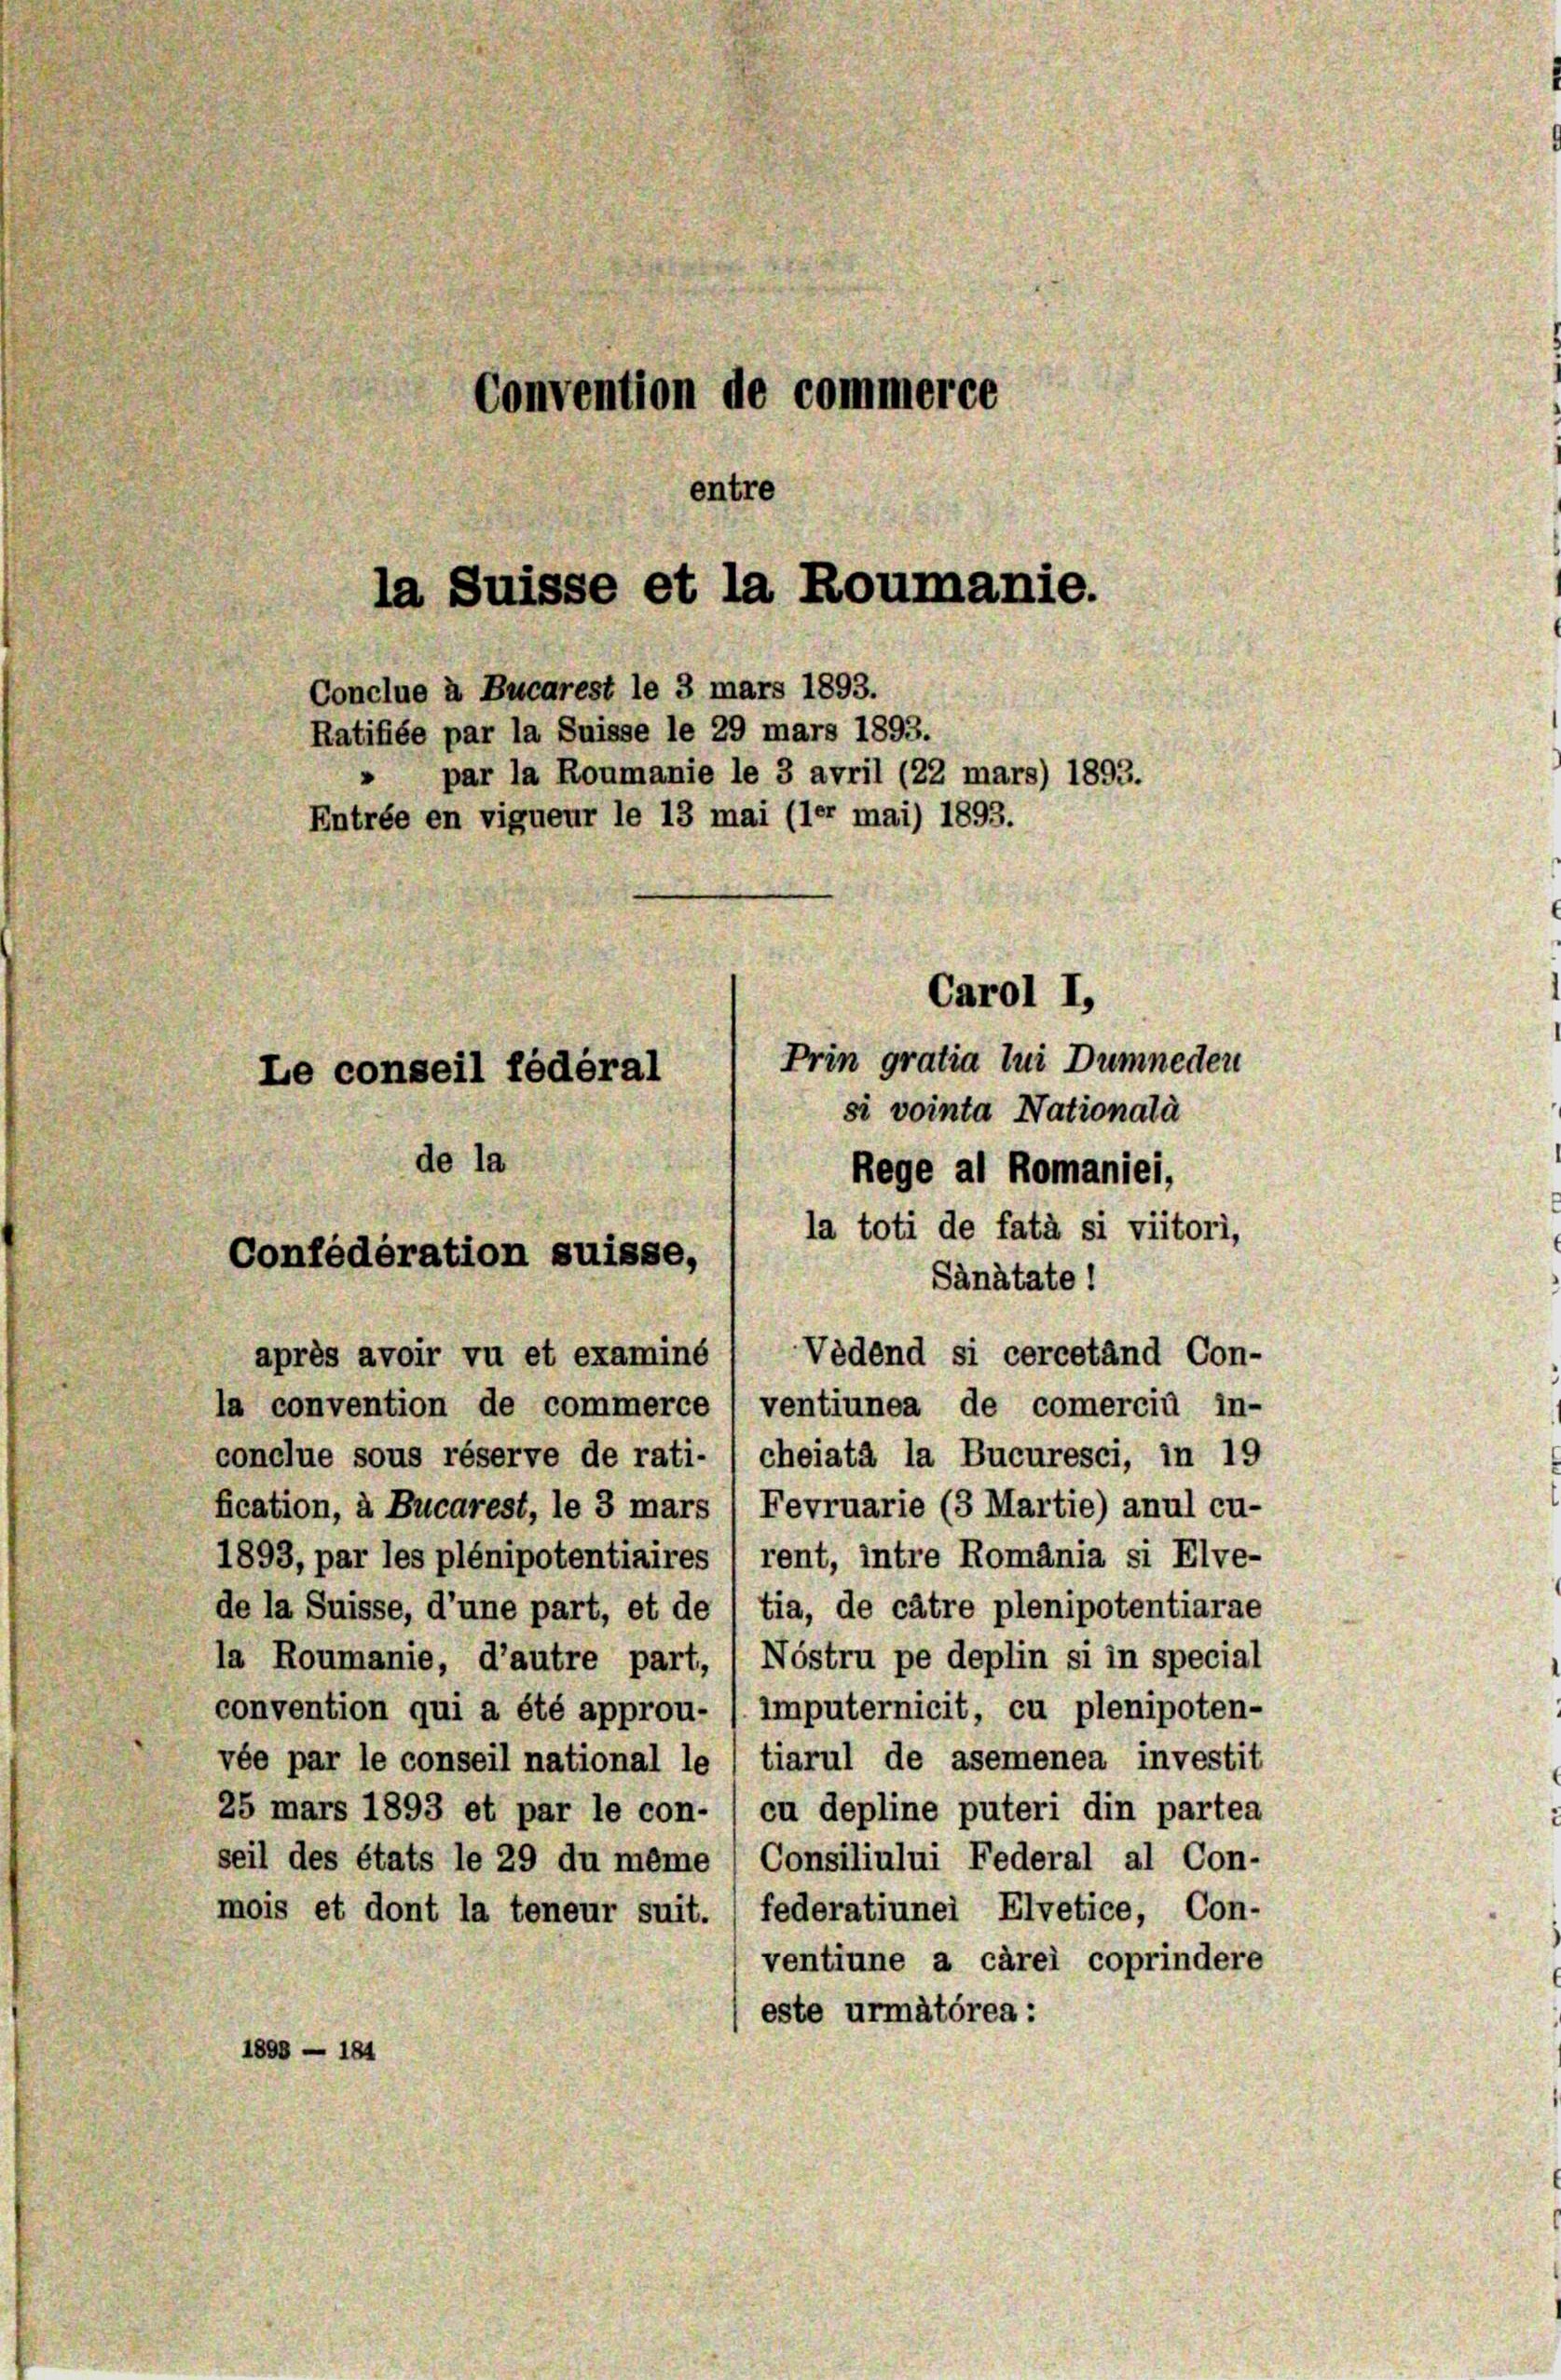
Convention de commerce
entre
la Suisse et la Roumanie.
Conclue à Bucarest le 3 mars 1893.
Ratifiée par la Suisse le 29 mars 1893.
» par la Roumanie le 3 avril (22 mars) 1893.
Entrée en vigueur le 13 mai (ler mai) 1893.
Carol I.
Prin gratia lui Dumneden
Le conseil fédéral
si vointa Nationala
de la
Rege al Romaniei,

Confédération suisse,

la toti de fatà si viitori,
Sänätate!
Vedend si cercetänd Con-
après avoir vu et examiné
la convention de commerce (ventiunea de comercid in-
conclue sous réserve de rati- / cheiatà la Bucuresci, in 19
fication, à Bucarest, le 3 mars (Fevruarie (3 Martie) anul cu-
1893, par les plénipotentiaires (rent, intre Romania si Elve-
de la Suisse, d’une part, et de l tia, de cätre plenipotentiarae
la Roumanie, d’autre part, (Nöstru pe deplin si in special
convention qui a été approu- / imputernicit, cu plenipoten-
vée par le conseil national le / tiarul de asemenea investit
25 mars 1893 et par le con- ) cu depline puteri din partea
seil des états le 29 du même / Consiliului Federal al Con-
mois et dont la teneur suit. (federatiunei Elvetice, Con-
ventiune a carei coprindere
este urmätérea:
1888 - 184